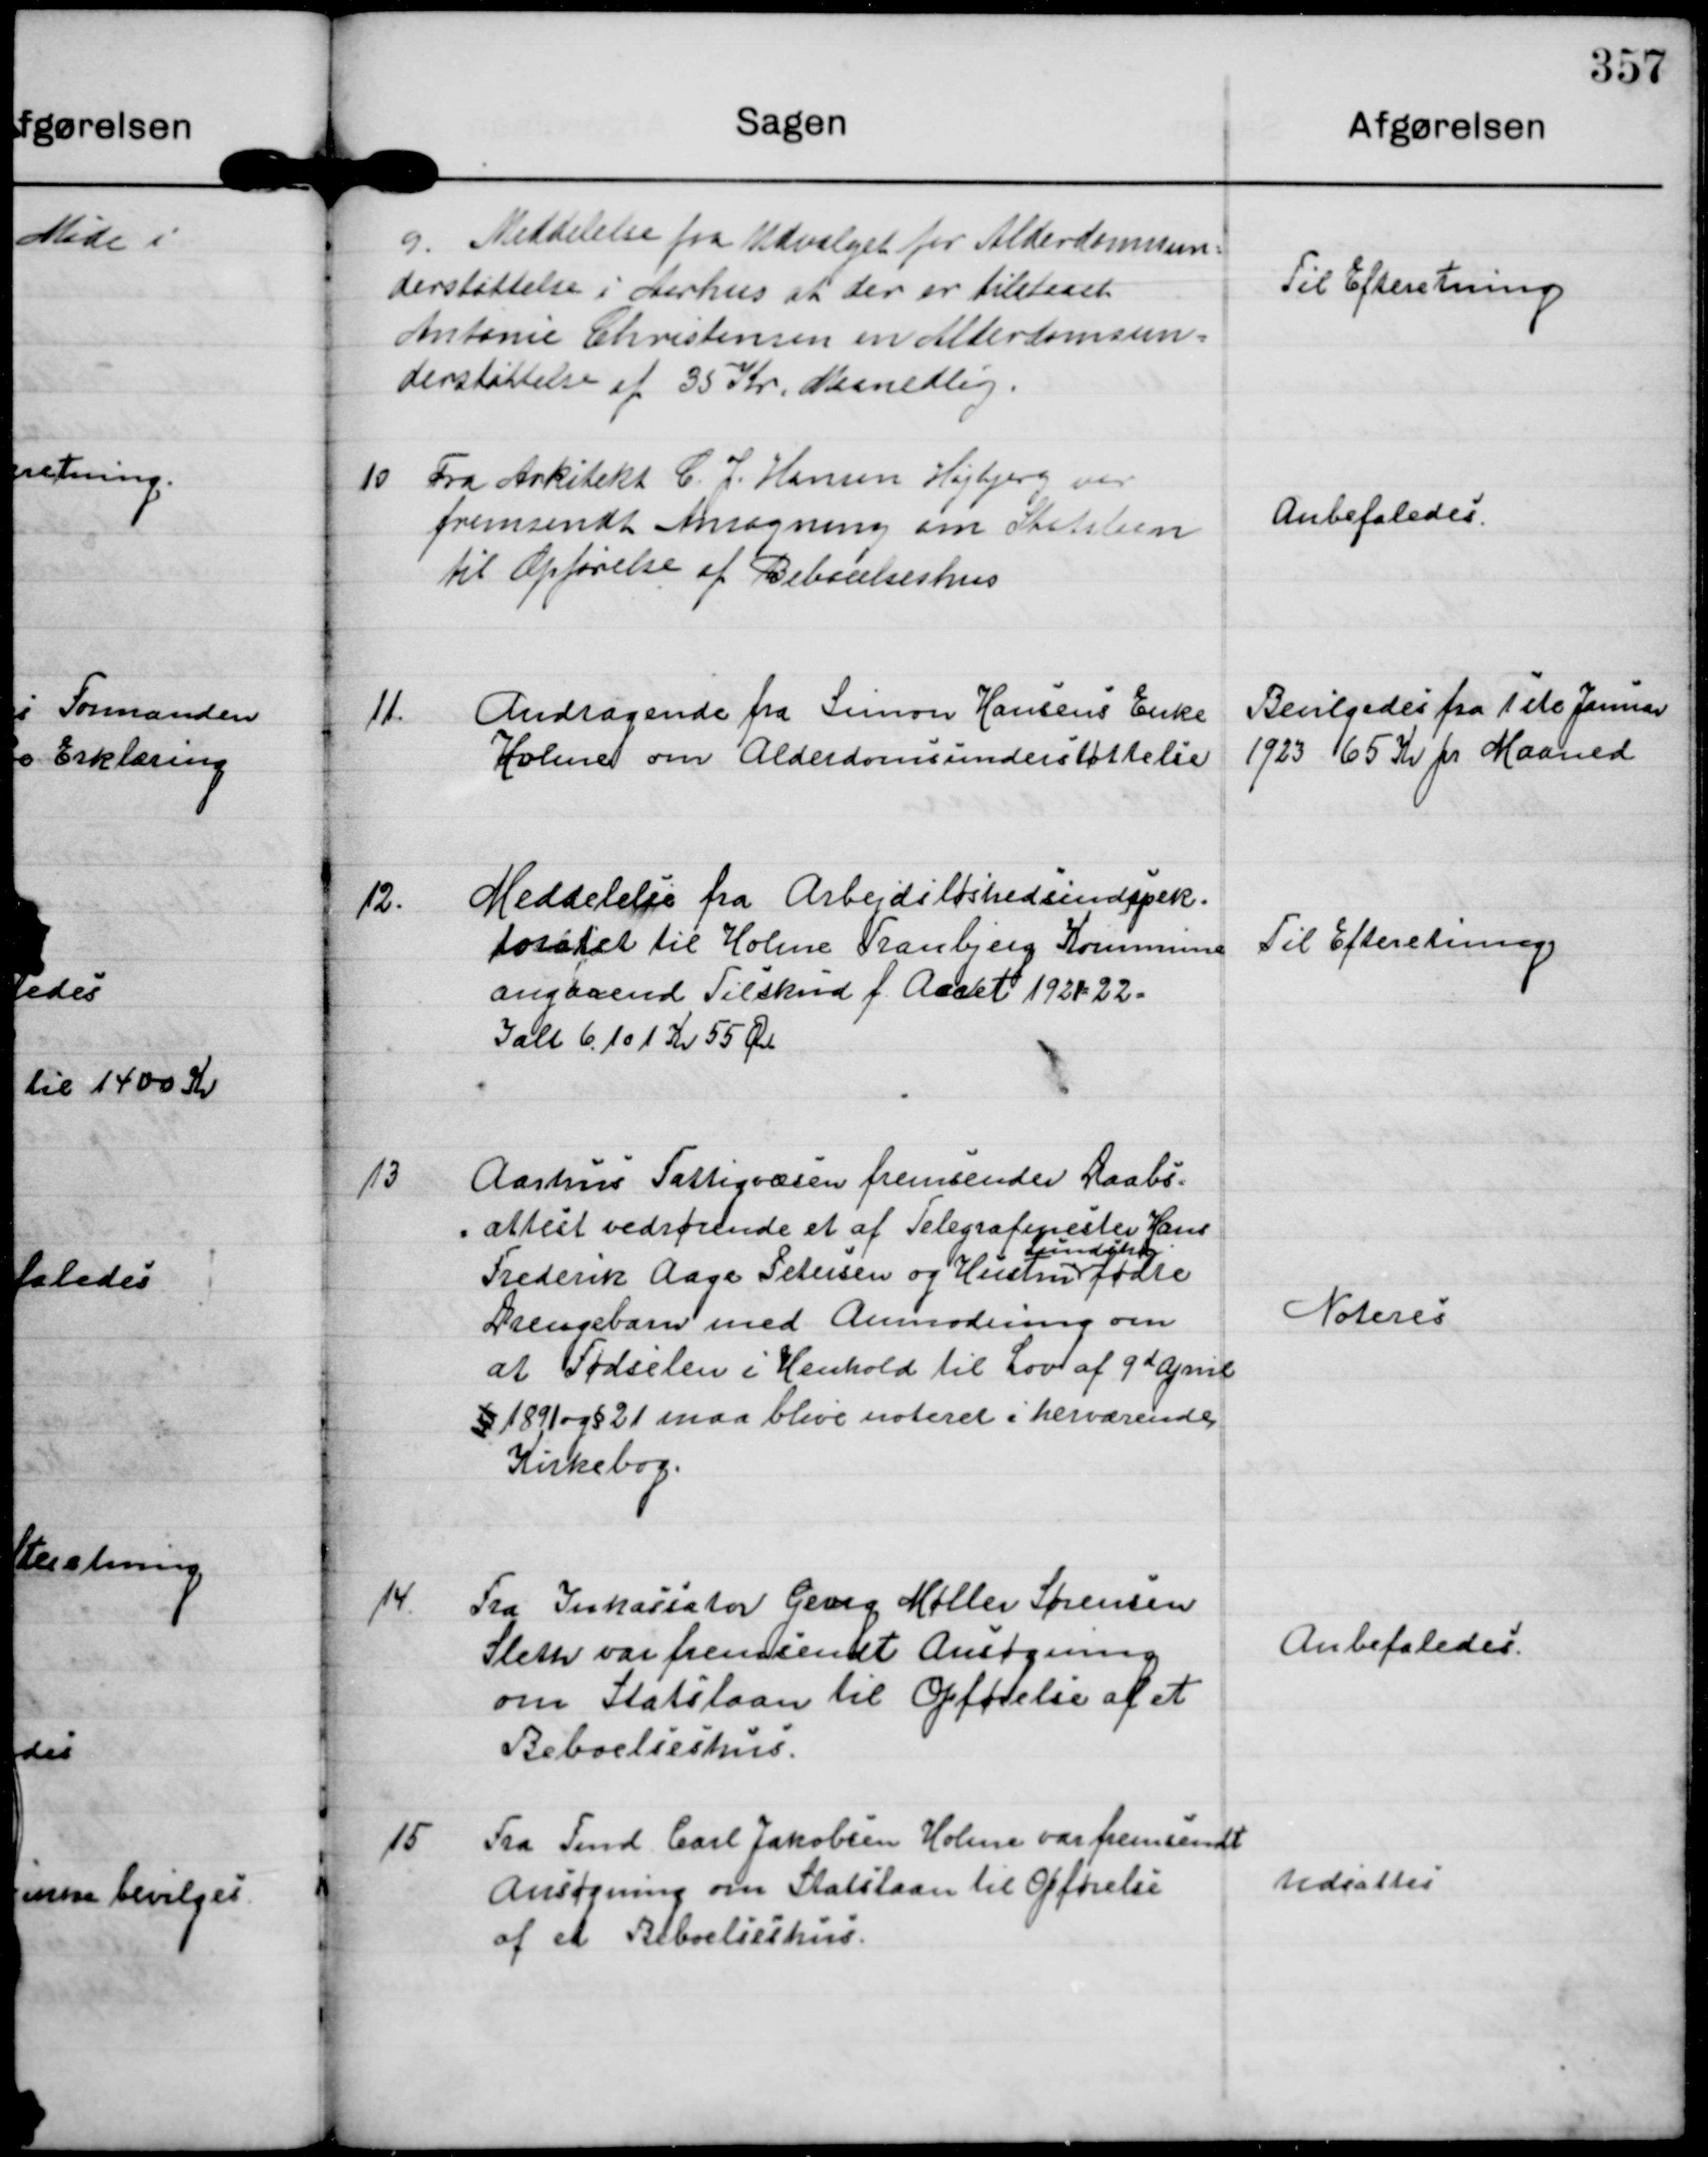
Transskription:
9. Meddelelse fra Udvalget for Alderdomssun-
derstøttelse i Aarhus at der er tilstaaet
Antonie Christensen en Alderdomsun-
derstøttelse af 35 Kr. Maanedlig.

Til Efteretning

10 Fra Arkitekt C. J. Hansen Højbjerg var
fremsendt Ansøgning om Statslaan
til Opførelse af Beboelseshus

Anbefaledes.

11.

Andragende fra Simon Hansens Enke
Holme om Alderdomsunderstøttelse

Bevilgedes fra 1ste Januar
1923 65 Kr pr Maaned

12.

Meddelelse fra Arbejdsløshedsindspek-
toratet til Holme Tranbjerg Kommune
angaaende Tilskud f. Aaret 1921-22.
Ialt 6.101 Kr 55 Øre

Til Efteretning

13

Aarhus Fattigvæsen fremsender Daabs-
attest vedrørende et af Telegrafmester Hans
Frederik Aage Petersen og Hustru
Lundshøj
fødte
Drengebarn med Anmodning om
at Fødselen i Henhold til Lov af 9d April
§1891 og § 21 maa blive noteret i herværende
Kirkebog.

Noteres

14.

Fra Inkassator Georg Møller Sørensen
Sleth var fremsendt Ansøgning
om Statslaan til Opførelse af et
Beboelseshus.

Anbefaledes.

15

Fra Fmd Carl Jakobsen Holme var fremsendt
Ansøgning om Statslaan til Opførelse
af et Beboelseshus.

udsattes